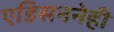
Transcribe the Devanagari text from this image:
एडिसननेही